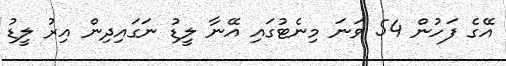
އޭގެ ފަހުން 54 ވަނަ މިނެޓުގައި އޭނާ ލީޑު ނަގައިދިން އިރު ލީޑު